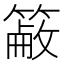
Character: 𥲖